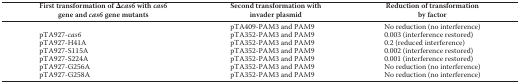
<table><thead><tr><td><b>First transformation of Δ<i>cas6</i> with <i>cas6</i> gene and <i>cas6</i> gene mutants</b></td><td><b>Second transformation with invader plasmid</b></td><td><b>Reduction of transformation by factor</b></td></tr></thead><tbody><tr><td></td><td>pTA409-PAM3 and PAM9</td><td>No reduction (no interference)</td></tr><tr><td>pTA927-<i>cas6</i></td><td>pTA352-PAM3 and PAM9</td><td>0.003 (interference restored)</td></tr><tr><td>pTA927-H41A</td><td>pTA352-PAM3 and PAM9</td><td>0.2 (reduced interference)</td></tr><tr><td>pTA927-S115A</td><td>pTA352-PAM3 and PAM9</td><td>0.002 (interference restored)</td></tr><tr><td>pTA927-S224A</td><td>pTA352-PAM3 and PAM9</td><td>0.001 (interference restored)</td></tr><tr><td>pTA927-G256A</td><td>pTA352-PAM3 and PAM9</td><td>No reduction (no interference)</td></tr><tr><td>pTA927-G258A</td><td>pTA352-PAM3 and PAM9</td><td>No reduction (no interference)</td></tr></tbody></table>